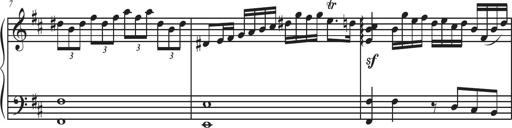
Title: Sonatina Espania
Composer: Jerald Franklin Archer
Key: Various